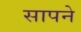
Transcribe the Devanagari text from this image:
सापने